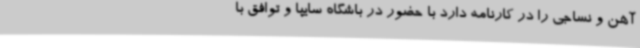
آهن و نساجی را در کارنامه دارد با حضور در باشگاه سایپا و توافق با